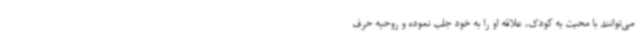
می‌توانند با محبت به کودک، علاقه او را به خود جلب نموده و روحیه حرف